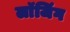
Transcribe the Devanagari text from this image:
लाॅजिंग